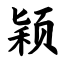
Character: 颖